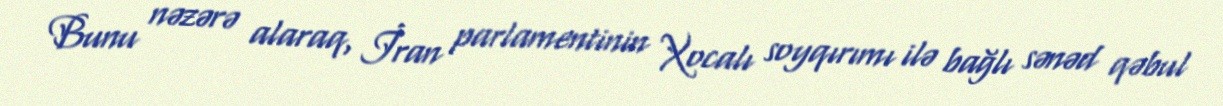
Bunu nəzərə alaraq, İran parlamentinin Xocalı soyqırımı ilə bağlı sənəd qəbul